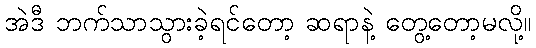
အဲဒီ ဘက်သာသွားခဲ့ရင်တော့ ဆရာနဲ့ တွေ့တော့မလို့။